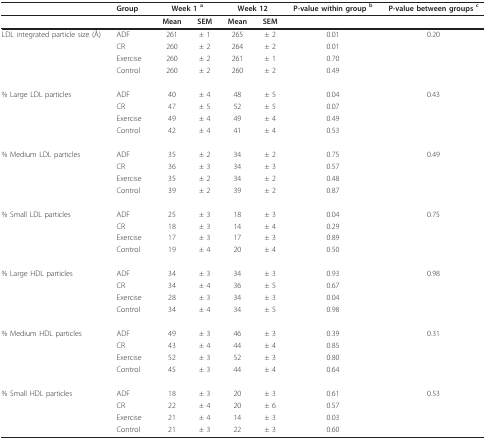
<table><thead><tr><td>[EMPTY_CELL]</td><td><b>Group</b></td><td colspan="2"><b>Week 1 <sup>a</sup></b></td><td colspan="2"><b>Week 12</b></td><td><b>P-value within group <sup>b</sup></b></td><td><b>P-value between groups <sup>c</sup></b></td></tr></thead><tbody><tr><td>[EMPTY_CELL]</td><td>[EMPTY_CELL]</td><td><b>Mean</b></td><td><b>SEM</b></td><td><b>Mean</b></td><td><b>SEM</b></td><td>[EMPTY_CELL]</td><td>[EMPTY_CELL]</td></tr><tr><td>LDL integrated particle size (Å)</td><td>ADF</td><td>261</td><td>± 1</td><td>265</td><td>± 2</td><td>0.01</td><td>0.20</td></tr><tr><td>[EMPTY_CELL]</td><td>CR</td><td>260</td><td>± 2</td><td>264</td><td>± 2</td><td>0.01</td><td>[EMPTY_CELL]</td></tr><tr><td>[EMPTY_CELL]</td><td>Exercise</td><td>260</td><td>± 2</td><td>261</td><td>± 1</td><td>0.70</td><td>[EMPTY_CELL]</td></tr><tr><td>[EMPTY_CELL]</td><td>Control</td><td>260</td><td>± 2</td><td>260</td><td>± 2</td><td>0.49</td><td>[EMPTY_CELL]</td></tr><tr><td>% Large LDL particles</td><td>ADF</td><td>40</td><td>± 4</td><td>48</td><td>± 5</td><td>0.04</td><td>0.43</td></tr><tr><td>[EMPTY_CELL]</td><td>CR</td><td>47</td><td>± 5</td><td>52</td><td>± 5</td><td>0.07</td><td>[EMPTY_CELL]</td></tr><tr><td>[EMPTY_CELL]</td><td>Exercise</td><td>49</td><td>± 4</td><td>49</td><td>± 4</td><td>0.49</td><td>[EMPTY_CELL]</td></tr><tr><td>[EMPTY_CELL]</td><td>Control</td><td>42</td><td>± 4</td><td>41</td><td>± 4</td><td>0.53</td><td>[EMPTY_CELL]</td></tr><tr><td>% Medium LDL particles</td><td>ADF</td><td>35</td><td>± 2</td><td>34</td><td>± 2</td><td>0.75</td><td>0.49</td></tr><tr><td>[EMPTY_CELL]</td><td>CR</td><td>36</td><td>± 3</td><td>34</td><td>± 3</td><td>0.57</td><td>[EMPTY_CELL]</td></tr><tr><td>[EMPTY_CELL]</td><td>Exercise</td><td>35</td><td>± 2</td><td>34</td><td>± 2</td><td>0.48</td><td>[EMPTY_CELL]</td></tr><tr><td>[EMPTY_CELL]</td><td>Control</td><td>39</td><td>± 2</td><td>39</td><td>± 2</td><td>0.87</td><td>[EMPTY_CELL]</td></tr><tr><td>% Small LDL particles</td><td>ADF</td><td>25</td><td>± 3</td><td>18</td><td>± 3</td><td>0.04</td><td>0.75</td></tr><tr><td>[EMPTY_CELL]</td><td>CR</td><td>18</td><td>± 3</td><td>14</td><td>± 4</td><td>0.29</td><td>[EMPTY_CELL]</td></tr><tr><td>[EMPTY_CELL]</td><td>Exercise</td><td>17</td><td>± 3</td><td>17</td><td>± 3</td><td>0.89</td><td>[EMPTY_CELL]</td></tr><tr><td>[EMPTY_CELL]</td><td>Control</td><td>19</td><td>± 4</td><td>20</td><td>± 4</td><td>0.50</td><td>[EMPTY_CELL]</td></tr><tr><td>% Large HDL particles</td><td>ADF</td><td>34</td><td>± 3</td><td>34</td><td>± 3</td><td>0.93</td><td>0.98</td></tr><tr><td>[EMPTY_CELL]</td><td>CR</td><td>34</td><td>± 4</td><td>36</td><td>± 5</td><td>0.67</td><td>[EMPTY_CELL]</td></tr><tr><td>[EMPTY_CELL]</td><td>Exercise</td><td>28</td><td>± 3</td><td>34</td><td>± 3</td><td>0.04</td><td>[EMPTY_CELL]</td></tr><tr><td>[EMPTY_CELL]</td><td>Control</td><td>34</td><td>± 4</td><td>34</td><td>± 5</td><td>0.98</td><td>[EMPTY_CELL]</td></tr><tr><td>% Medium HDL particles</td><td>ADF</td><td>49</td><td>± 3</td><td>46</td><td>± 3</td><td>0.39</td><td>0.31</td></tr><tr><td>[EMPTY_CELL]</td><td>CR</td><td>43</td><td>± 4</td><td>44</td><td>± 4</td><td>0.85</td><td>[EMPTY_CELL]</td></tr><tr><td>[EMPTY_CELL]</td><td>Exercise</td><td>52</td><td>± 3</td><td>52</td><td>± 3</td><td>0.80</td><td>[EMPTY_CELL]</td></tr><tr><td>[EMPTY_CELL]</td><td>Control</td><td>45</td><td>± 3</td><td>44</td><td>± 4</td><td>0.64</td><td>[EMPTY_CELL]</td></tr><tr><td>% Small HDL particles</td><td>ADF</td><td>18</td><td>± 3</td><td>20</td><td>± 3</td><td>0.61</td><td>0.53</td></tr><tr><td>[EMPTY_CELL]</td><td>CR</td><td>22</td><td>± 4</td><td>20</td><td>± 6</td><td>0.57</td><td>[EMPTY_CELL]</td></tr><tr><td>[EMPTY_CELL]</td><td>Exercise</td><td>21</td><td>± 4</td><td>14</td><td>± 3</td><td>0.03</td><td>[EMPTY_CELL]</td></tr><tr><td>[EMPTY_CELL]</td><td>Control</td><td>21</td><td>± 3</td><td>22</td><td>± 3</td><td>0.60</td><td>[EMPTY_CELL]</td></tr></tbody></table>